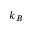
k _ { B }